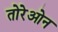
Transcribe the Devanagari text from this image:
तोरेओन